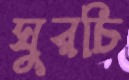
ঘুরচি